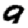
Digit: 9